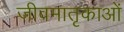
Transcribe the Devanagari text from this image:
जीवमातृकाओं